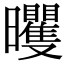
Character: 𣌗